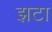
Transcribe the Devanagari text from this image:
झटा